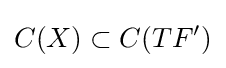
C(X)\subset C(TF')